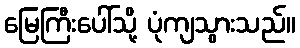
မြေကြီးပေါ်သို့ ပုံကျသွားသည်။